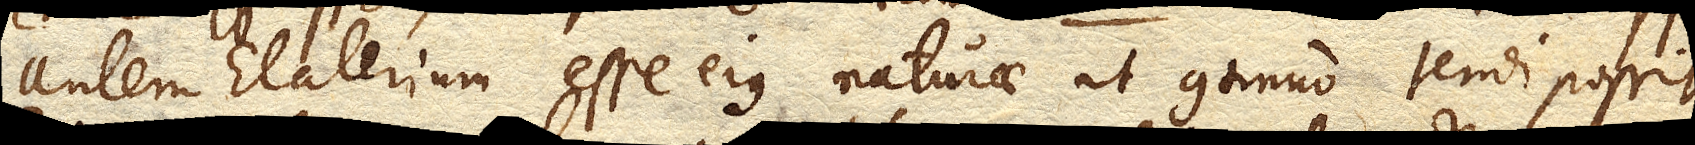
autem Elaterium esse ejus naturae ut continuo tendi possit